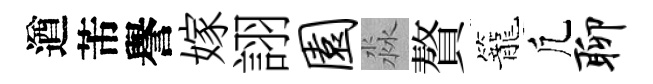
遒芾譽嫁詡园淼贅籠凢聊